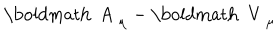
\mathrm { \boldmath ~ A ~ } _ { \mu } - \mathrm { \boldmath ~ V ~ } _ { \mu }